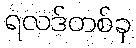
ရလဒ်တစ်ခု